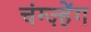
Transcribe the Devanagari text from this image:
चंग्ज़्हेंग